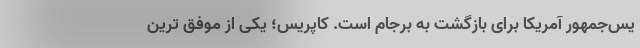
يس‌جمهور آمریکا برای بازگشت به برجام است. کاپریس؛ یکی از موفق ترین